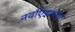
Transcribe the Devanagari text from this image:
नर्वाएझच्या